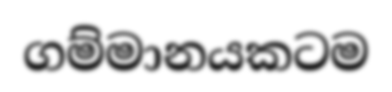
ගම්මානයකටම